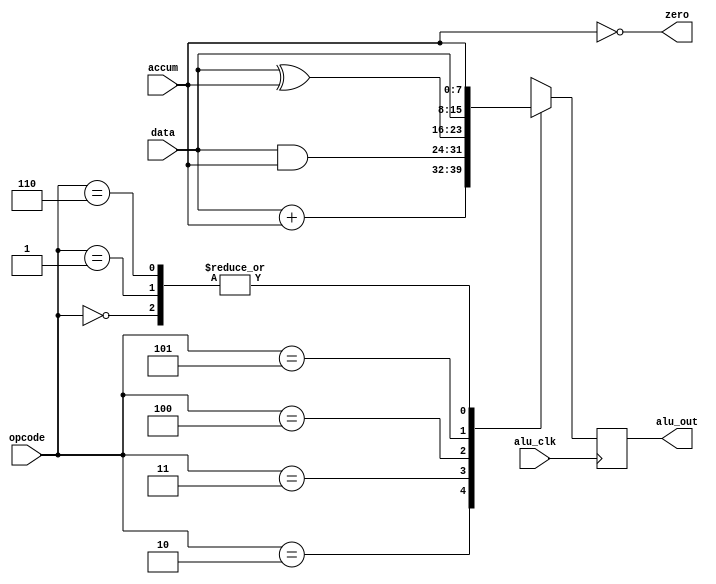
`timescale 1ns / 1ps
//////////////////////////////////////////////////////////////////////////////////
// Company: 
// Engineer: 
// 
// Design Name: 
// Module Name: alu
// Project Name: 
// Target Devices: 
// Tool Versions: 
// Description: 
// 
// Dependencies: 
// 
// Revision:
// Revision 0.01 - File Created
// Additional Comments:
// 
//////////////////////////////////////////////////////////////////////////////////


module alu(
    alu_out, 
    zero, 
    data, 
    accum, 
    //alu_ena, 
    alu_clk,
    opcode
    );
    output [7:0] alu_out;
    output zero;
    input [7:0] data, accum;
    input [2:0] opcode;
    //input alu_ena;
    input alu_clk;
    reg [7:0] alu_out;
    
    parameter   HLT = 3'b000,
                SKZ = 3'b001,
                ADD = 3'b010,
                ANDD = 3'b011,
                XORR = 3'b100,
                LDA = 3'b101,
                STO = 3'b110,
                JMP = 3'b111;
                
    assign zero = !accum;
    always@(posedge alu_clk)
        //if(alu_ena)
            begin
                casex(opcode)
                    HLT: alu_out <= accum;
                    SKZ: alu_out <= accum;
                    ADD: alu_out <= data + accum;
                    ANDD: alu_out <= data & accum;
                    XORR: alu_out <= data ^ accum;
                    LDA: alu_out <= data;
                    STO: alu_out <= accum;
                    default: alu_out <= 8'bxxxx_xxxx;
                 endcase
             end                        
endmodule